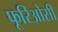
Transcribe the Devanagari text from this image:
फूरिओसी